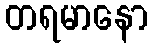
တရမာနော